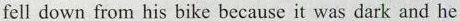
fell down from his bike because it was dark and he